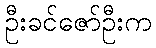
ဦးခင်ဇော်ဦးက